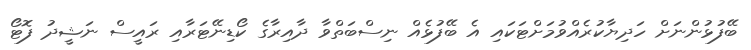
ބޭފުޅުންނަށް ހަދިޔާކުރެއްވުމަށްޓަކައި އެ ބޭފުޅެއް ނިސްބަތްވާ ދާއިރާގެ ކޯޑިނޭޓަރާއި ރައީސް ނަޝީދު ފޮޓޯ